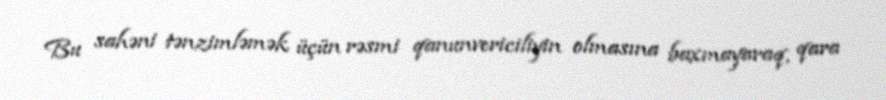
Bu sahəni tənzimləmək üçün rəsmi qanunvericiliyin olmasına baxmayaraq, qara